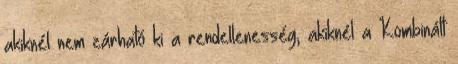
akiknél nem zárható ki a rendellenesség, akiknél a Kombinált